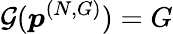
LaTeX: \mathcal{G}(\boldsymbol{p}^{(N,G)})=G